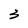
Character: 3